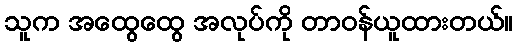
သူက အထွေထွေ အလုပ်ကို တာဝန်ယူထားတယ်။